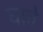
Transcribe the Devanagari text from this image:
घावे